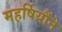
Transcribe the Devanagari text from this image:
महर्षियौंने